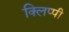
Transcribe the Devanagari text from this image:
क्लिप्पी